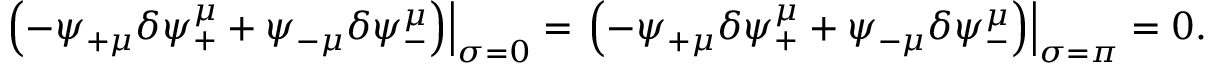
\left. \left( - \psi _ { + \mu } \delta \psi _ { + } ^ { \mu } + \psi _ { - \mu } \delta \psi _ { - } ^ { \mu } \right) \right| _ { \sigma = 0 } = \left. \left( - \psi _ { + \mu } \delta \psi _ { + } ^ { \mu } + \psi _ { - \mu } \delta \psi _ { - } ^ { \mu } \right) \right| _ { \sigma = \pi } = 0 .